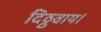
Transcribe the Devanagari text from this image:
दिठ्ठवाय।